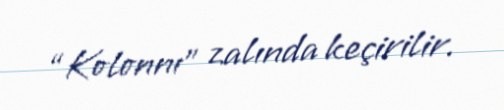
“Kolonnı” zalında keçirilir.